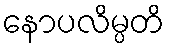
နောပလိမ္ပတိ